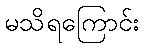
မသိရကြောင်း